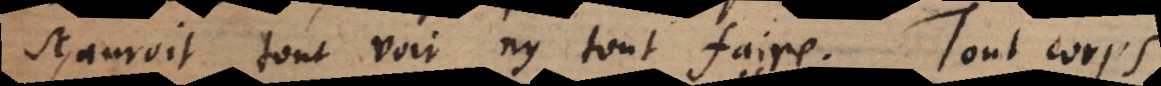
sçauroit tout voir ny tout faire. Tout corps